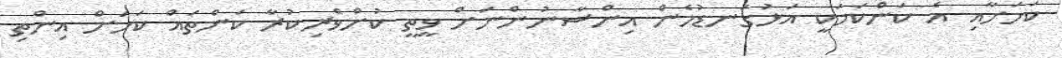
ކަމަށާއި އެ ކަންކަމަކީ އަޅުގަނޑުމެން އިންސާނުންނަށް ވީތީ ކުށްވެރިކުރާ ކަންތައް ކަމަށް އިންތި